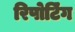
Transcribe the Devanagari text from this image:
रिपोटि॔ंग